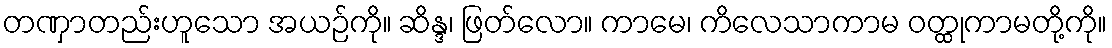
တဏှာတည်းဟူသော အယဉ်ကို။ ဆိန္ဒ၊ ဖြတ်လော။ ကာမေ၊ ကိလေသာကာမ ဝတ္ထုကာမတို့ကို။